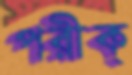
পরীক্